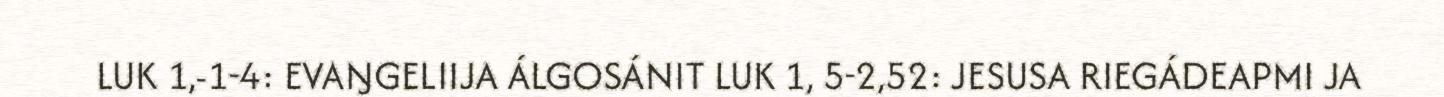
LUK 1,‐1‐4: EVAŊGELIIJA ÁLGOSÁNIT LUK 1, 5‐2,52: JESUSA RIEGÁDEAPMI JA